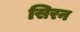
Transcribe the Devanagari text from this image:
सिरन